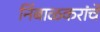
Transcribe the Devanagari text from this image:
निंबाळकरांचे